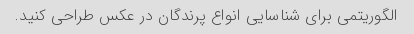
الگوریتمی برای شناسایی انواع پرندگان در عکس طراحی کنید.